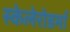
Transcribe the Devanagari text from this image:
स्केलेरोडर्मा